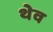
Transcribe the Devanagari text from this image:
थेव